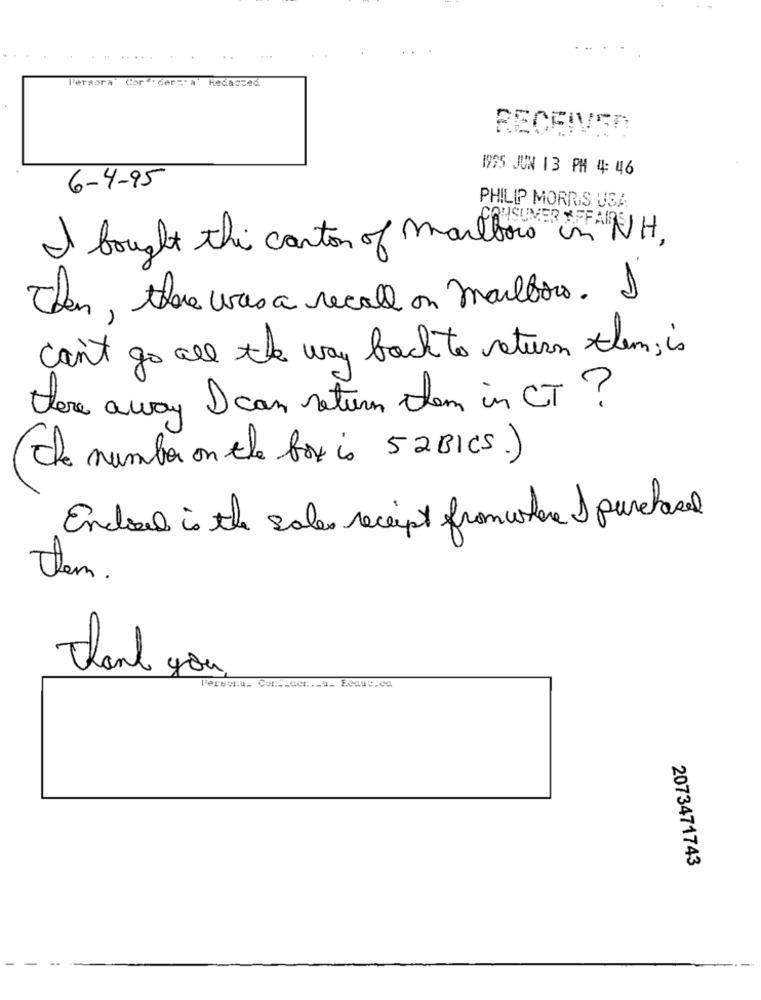
Persora
Cor #: cer =" A
Redacted
RECEIVED
1995 JUN 13 PM 4: 46
6-4-95
PHILIP MORRIS USA
I bought this carton of marlboro in NH,
Then, there was a recall on Mailbox. I
can't go all the way back to return them; is
there a way I can return them in CT ?
The number on the box is 52BICS.)
Ended is the sales receipt from where I purchased
tem .
thank you.
Persoru_ Cont_co ..__ Ecaus.ca
2073471743